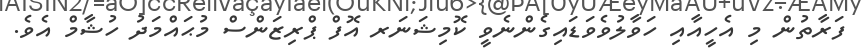
ފަރާތުން މި އެހީއާއި ހަވާލުވެވަޑައިގެންނެވީ ކޮމިޝަނަރ އޮފް ޕްރިޒަންސް މުޙައްމަދު ހުޝާމް އެވެ.